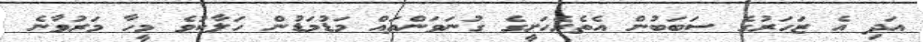
އަދި އެ ޒަހަރުގެ ސަބަބުން އެތެރެހަށީގެ ގުނަވަންތައް މަޑުމަޑުން ހަލާކުވެ މީހާ މަރުވާނެ